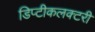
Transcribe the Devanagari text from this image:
डिप्टीकलक्टरी